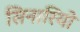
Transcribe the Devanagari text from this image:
सिनारियो